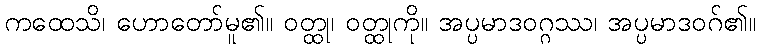
ကထေသိ၊ ဟောတော်မူ၏။ ဝတ္ထု၊ ဝတ္ထုကို။ အပ္ပမာဒဝဂ္ဂဿ၊ အပ္ပမာဒဝဂ်၏။